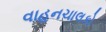
વાહનચાલકો